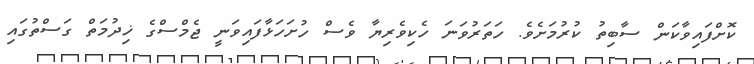
ކޮށްފައިވާކަން ސާބިތު ކުރުމަށެވެ. ހަތަރުވަނަ ހެކިވެރިޔާ ވެސް ހުށަހަޅާފައިވަނީ ޖެމްސްގެ ޚިދުމަތް ގަސްތުގައި